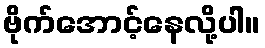
ဗိုက်အောင့်နေလို့ပါ။